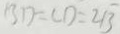
B D = C D = 2 \sqrt { 3 }